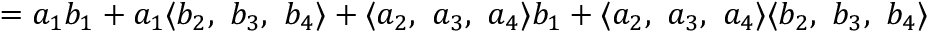
\qquad = a _ { 1 } b _ { 1 } + a _ { 1 } \langle b _ { 2 } , \ b _ { 3 } , \ b _ { 4 } \rangle + \langle a _ { 2 } , \ a _ { 3 } , \ a _ { 4 } \rangle b _ { 1 } + \langle a _ { 2 } , \ a _ { 3 } , \ a _ { 4 } \rangle \langle b _ { 2 } , \ b _ { 3 } , \ b _ { 4 } \rangle